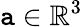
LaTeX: \mathtt{a}\in\mathbb{{R}}^{3}